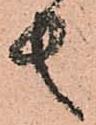
者